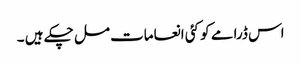
اس ڈرامے کو کئی انعامات مل چکے ہیں ۔